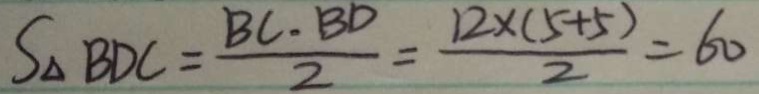
S _ { \Delta B D C } = \frac { B C \cdot B D } { 2 } = \frac { 1 2 \times ( 5 + 5 ) } { 2 } = 6 0